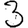
Digit: 3